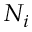
N _ { i }